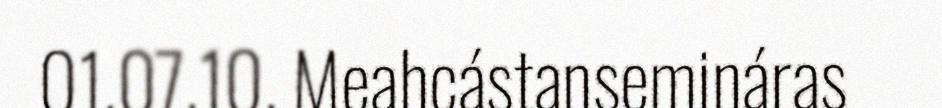
01.07.10. Meahcástansemináras